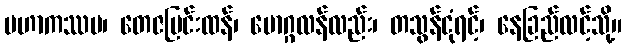
မဟာကဿပ၊ တေဇပြင်းထန်၊ မောဂ္ဂလန်လည်း၊ တသွန်ငုံရင့်၊ နေခြည်လင့်သို့။